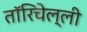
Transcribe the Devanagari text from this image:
तॉरिचेल्ली